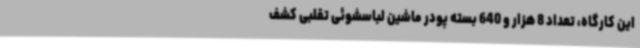
این کارگاه، تعداد 8 هزار و 640 بسته پودر ماشین لباسشوئی تقلبی کشف